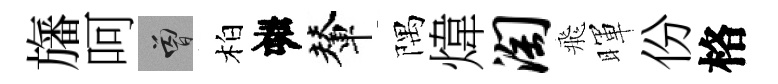
旛呵曾柏春輦隅煒淘飛暉份格